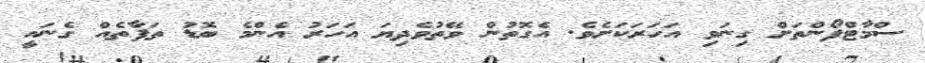
ސްމާޓްފޯންތަށް ގިނަވި އަހަރަކަށެވެ. އެގޮތުން ވޭތުވެދިޔަ އަހަރު އެންމެ ބޮޑު ތަފާތެއް ގެނައީ